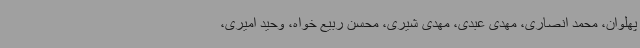
پهلوان، محمد انصاری، مهدی عبدی، مهدی شیری، محسن ربیع خواه، وحید امیری،